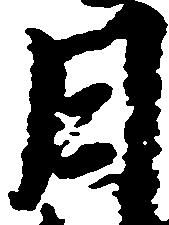
月